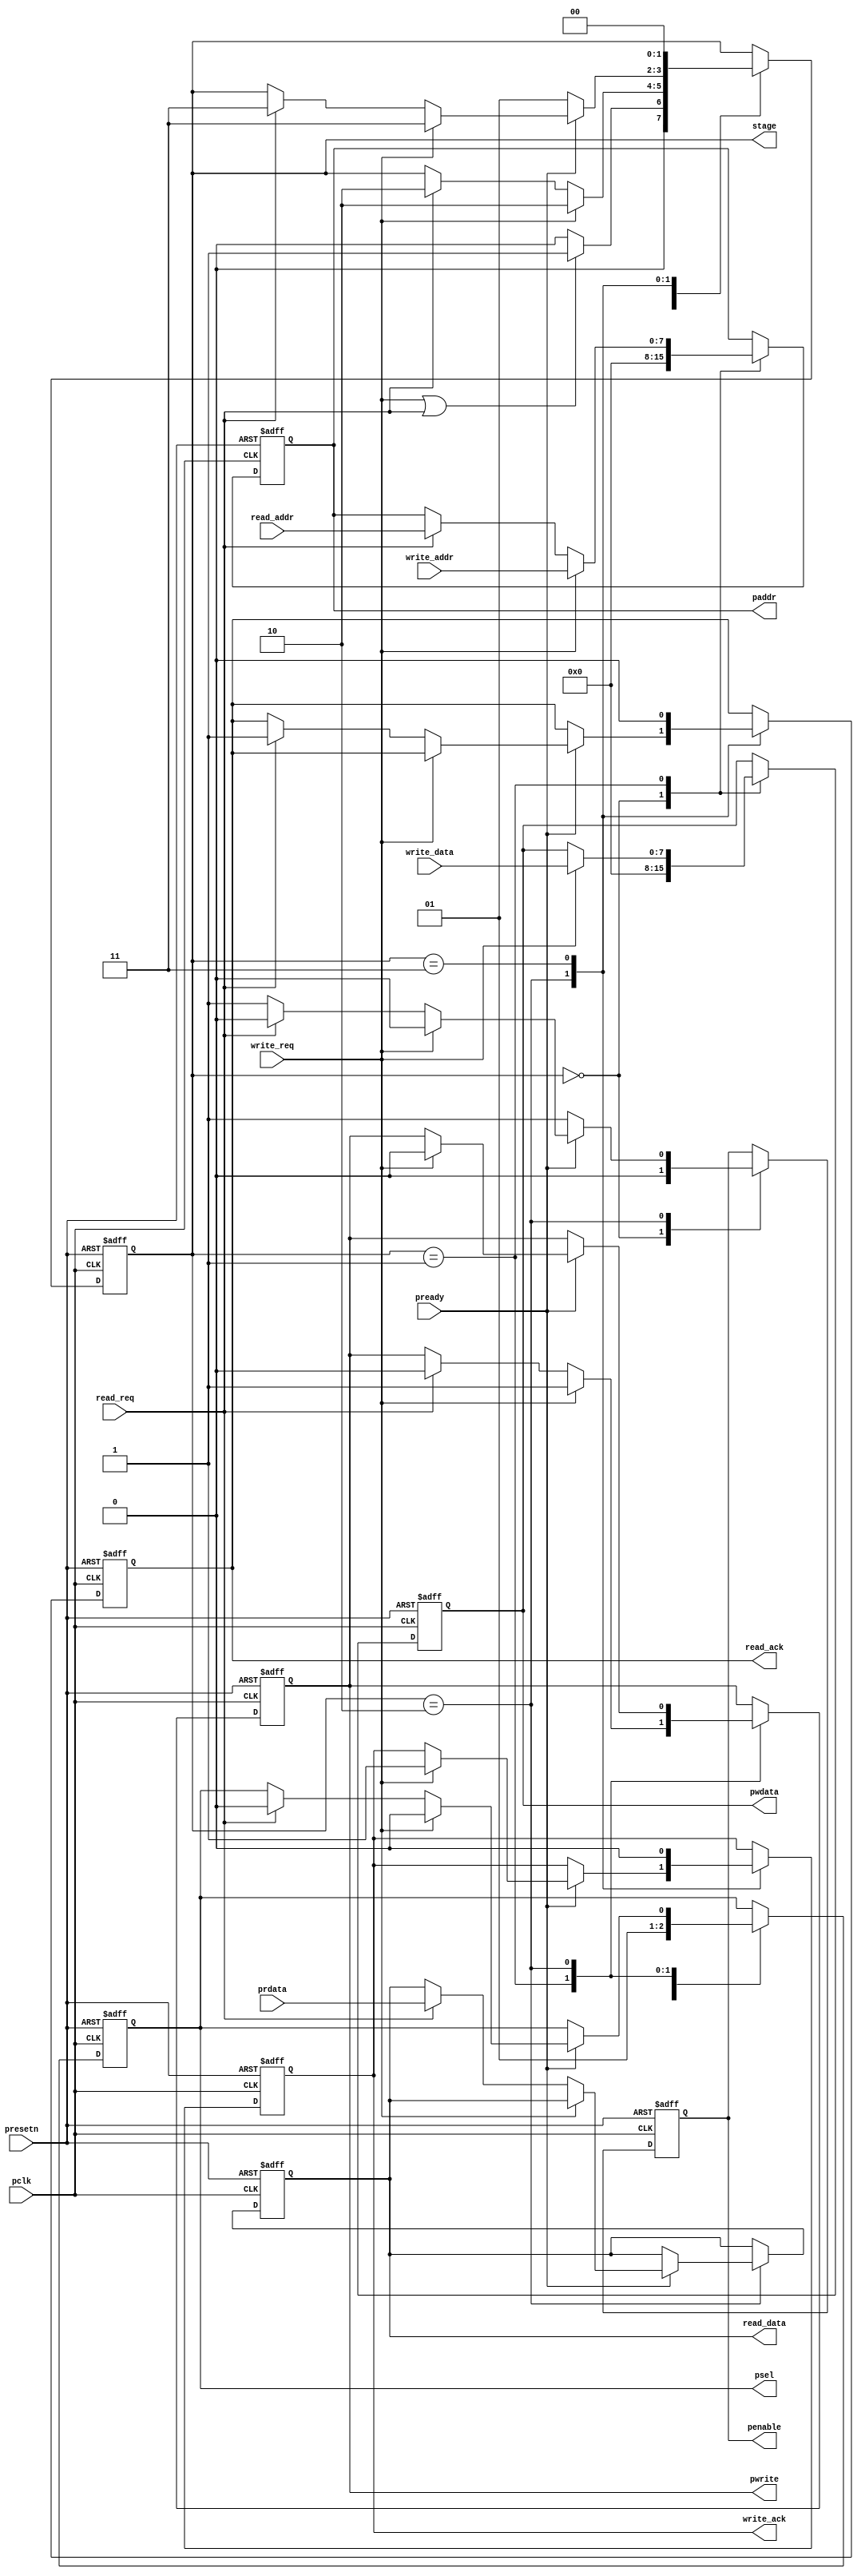
module apb_converter(
    input pclk,
    input presetn,
    
    input [7:0]write_addr,
    input [7:0]write_data,
    input write_req,
    output reg [7:0]pwdata,

    input pready,

    input read_req,
    input [7:0]read_addr,
    output reg [7:0]read_data,
    input  [7:0]prdata,

    output reg write_ack,
    output reg read_ack,
    output reg pwrite,
    output reg psel,
    output reg penable,
    output reg[7:0]paddr,
    output reg [1:0]stage
);

localparam IDLE = 2'b00;
localparam SETUP = 2'b01;
localparam ACCESS = 2'b10;
localparam WAIT = 2'b11;


always @(posedge pclk or negedge presetn) begin
    if(!presetn) begin
        stage <= IDLE;
        read_data <= 8'h00;
        write_ack <= 1'b0;
        read_ack <= 1'b0;
        pwrite <= 1'b0;
        psel <= 1'b0;
        penable <= 1'b0;
        pwdata <= 8'h00;
        paddr <= 8'h00;
    end
    else begin
        case(stage)
            IDLE:begin
                penable <= 0;
                psel <= 1'b0;
                pwdata <= 8'h00;
                paddr <= 8'h00;
                if(write_req || read_req) begin
                    stage <= SETUP;
                end
                else begin
                stage <= IDLE; end
            end
            SETUP:begin
                psel <= 1;
                if(write_req) begin
                    pwdata <= write_data;
                    pwrite <= 1'b1;
                    paddr <= write_addr;
                    stage <= ACCESS;
                end
                else if (read_req) begin
                    pwrite <= 0;
                    paddr <= read_addr;
                    stage <= ACCESS;
                end
            end
            ACCESS:begin
                penable <= 1;
                if(pready) begin
                    if(write_req) begin
                    write_ack <= 1'b1;
                    psel <= 0;
                    penable <= 0;
                    pwrite <= 0;
                    stage <= WAIT;
                    end
                    else if(read_req) begin
                    read_ack <= 1'b1;
                    read_data <= prdata;
                    psel <= 0;
                    penable <=0;
                    stage <= WAIT;
                    end
                end
                else begin
                    stage <= SETUP;
                end
            end
            WAIT: begin
                read_ack <= 1'b0;
                write_ack <= 1'b0;
                stage <= IDLE;
            end
      endcase
end
end
endmodule